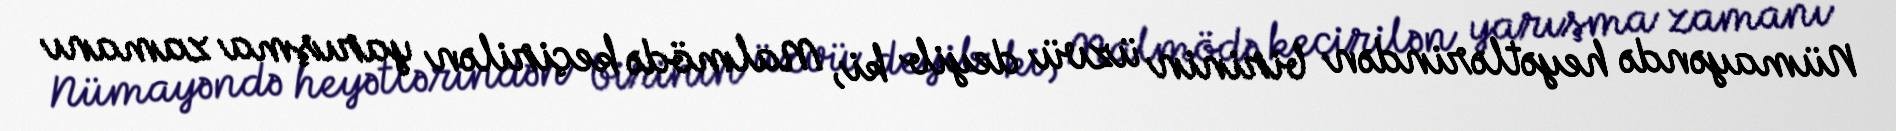
Nümayəndə heyətlərindən birinin üzvü deyib ki, Malmödə keçirilən yarışma zamanı